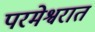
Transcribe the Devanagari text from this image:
परमेश्वरात